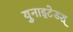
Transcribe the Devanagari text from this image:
युनाइटेडश्